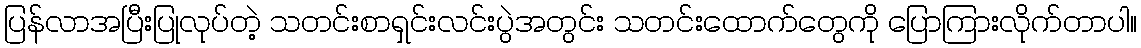
ပြန်လာအပြီးပြုလုပ်တဲ့ သတင်းစာရှင်းလင်းပွဲအတွင်း သတင်းထောက်တွေကို ပြောကြားလိုက်တာပါ။